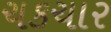
ચકચાર